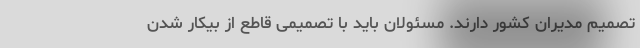
تصمیم مدیران کشور دارند. مسئولان باید با تصمیمی قاطع از بیکار شدن